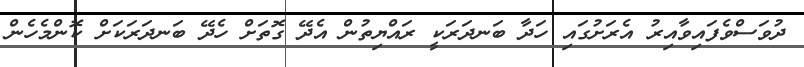
ދުވަސްވެފައިވާއިރު އެރަށުގައި ހަދާ ބަނދަރަކީ ރައްޔިތުން އެދޭ ގޮތަށް ހެދޭ ބަނދަރަކަށް ކޮންމެހެން